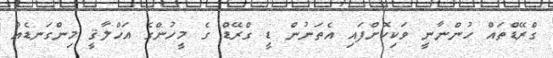
ގްރޭޑްތައް ހުންނާނީ ވަކިކޮށްފައި އެތަނުން ޑީ ގްރޭޑް ގެ މީހުންގެ އަޚްލާޤީ މިންގަނޑެއް